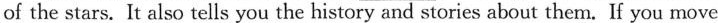
of the stars. It also tells you the history and stories about them. If you move